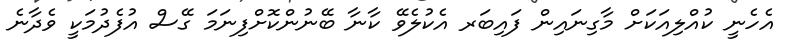
އެހެނީ ކުއްލިއަކަށް މާގިނައިން ފައިބަރ އެކުލެވޭ ކާނާ ބޭނުންކޮށްފިނަމަ ގޭސް އުފެދުމަކީ ވެދާނެ